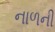
નાળની